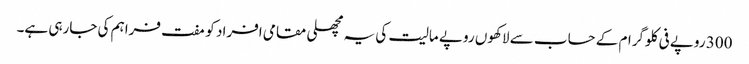
300 روپے فی کلوگرام کے حساب سے لاکھوں روپے مالیت کی یہ مچھلی مقامی افراد کو مفت فراہم کی جارہی ہے۔